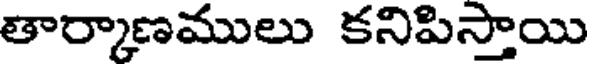
తార్కాణములు కనిపిస్తాయి